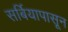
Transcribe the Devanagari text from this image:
सर्बियापासून